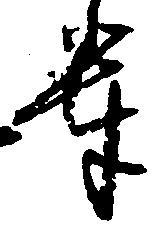
輩